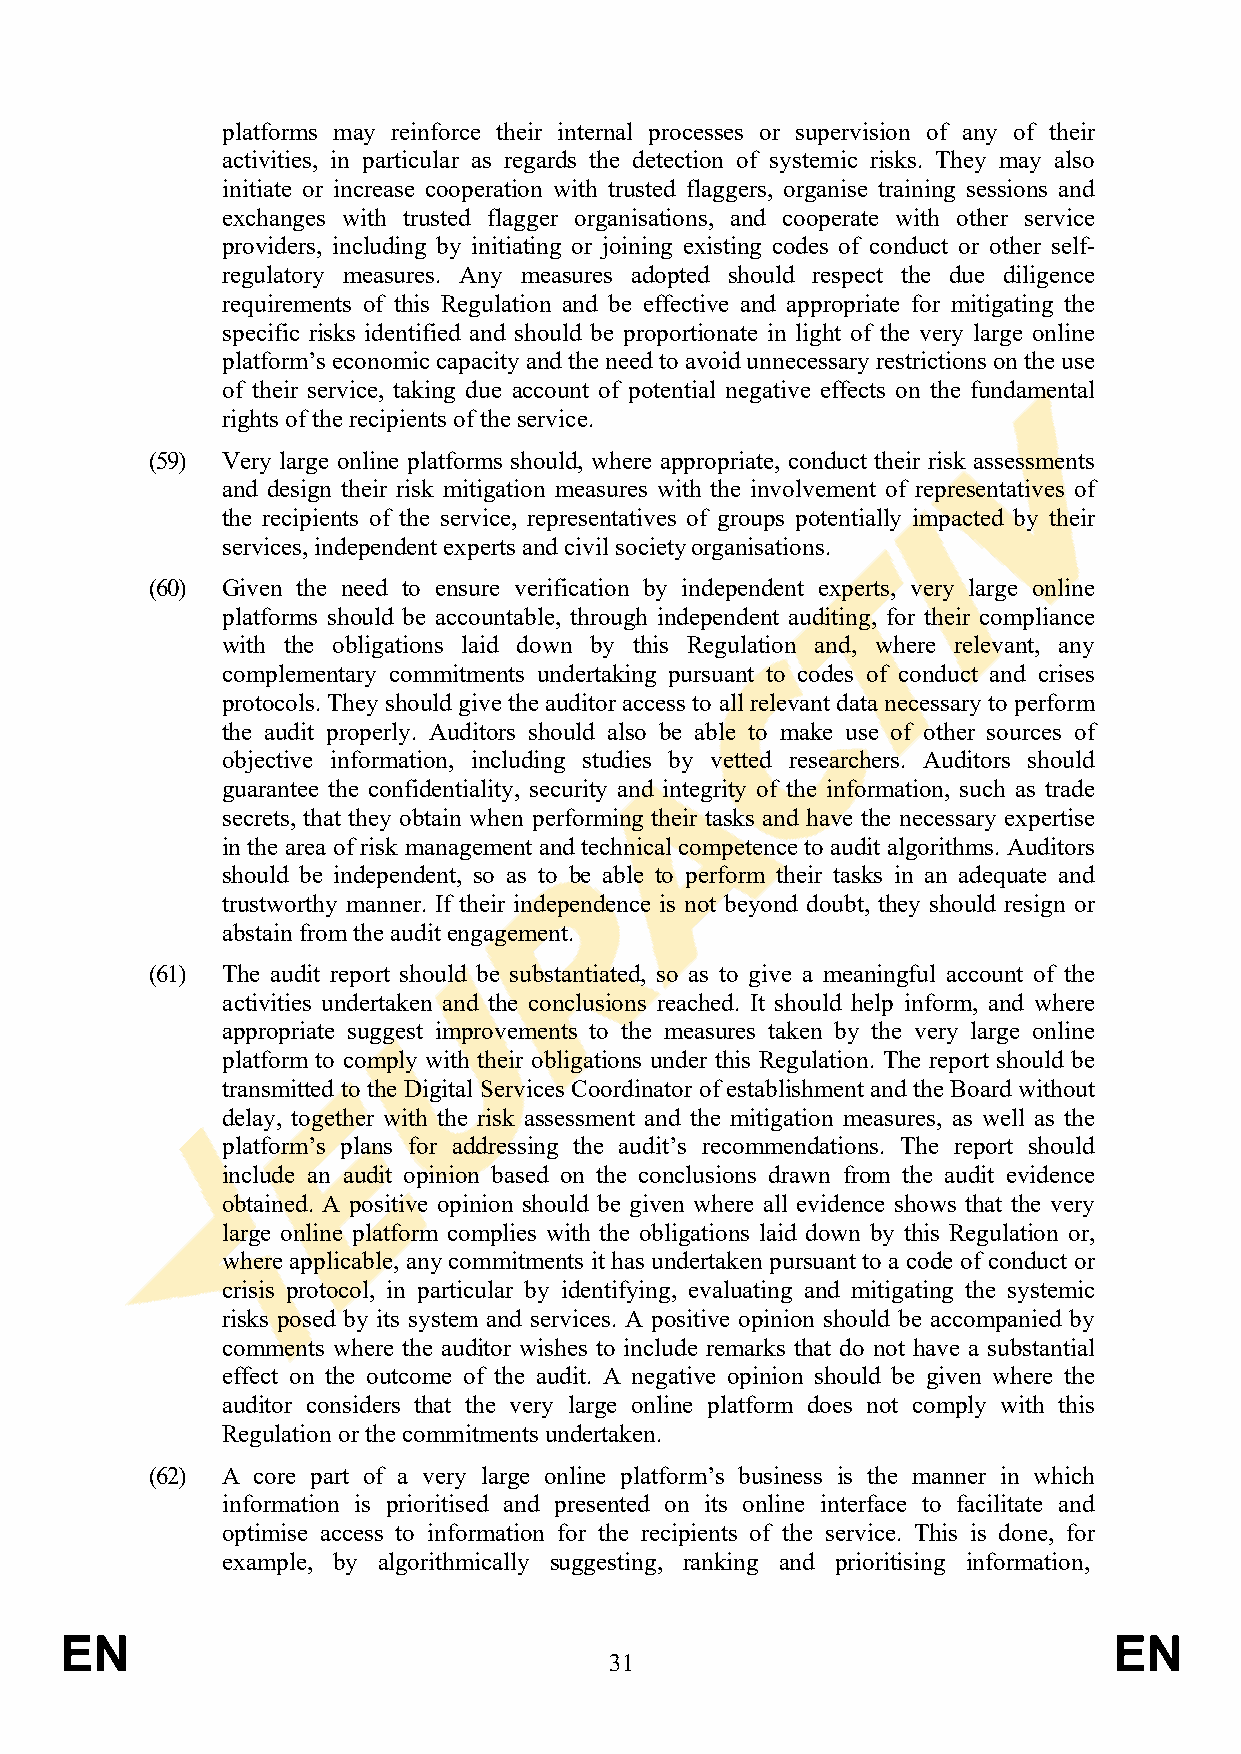
platforms may reinforce their internal processes or supervision of any of their
 activities, in particular as regards the detection of systemic risks. They may also
 initiate or increase cooperation with trusted flaggers, organise training sessions and
 exchanges with trusted flagger organisations, and cooperate with other service
 providers, including by initiating or joining existing codes of conduct or other self-
 regulatory measures. Any measures adopted should respect the due diligence
 requirements of this Regulation and be effective and appropriate for mitigating the
 specific risks identified and should be proportionate in light of the very large online
 platform’s economic capacity and the need to avoid unnecessary restrictions on the use
 of their service, taking due account of potential negative effects on the fundamental
 rights of the recipients of the service.
 (59) Very large online platforms should, where appropriate, conduct their risk assessments
 and design their risk mitigation measures with the involvement of representatives of
 the recipients of the service, representatives of groups potentially impacted by their
 services, independent experts and civil society organisations.
 (60) Given the need to ensure verification by independent experts, very large online
 platforms should be accountable, through independent auditing, for their compliance
 with the obligations laid down by this Regulation and, where relevant, any
 complementary commitments undertaking pursuant to codes of conduct and crises
 protocols. They should give the auditor access to all relevant data necessary to perform
 the audit properly. Auditors should also be able to make use of other sources of
 objective information, including studies by vetted researchers. Auditors should
 guarantee the confidentiality, security and integrity of the information, such as trade
 secrets, that they obtain when performing their tasks and have the necessary expertise
 in the area of risk management and technical competence to audit algorithms. Auditors
 should be independent, so as to be able to perform their tasks in an adequate and
 trustworthy manner. If their independence is not beyond doubt, they should resign or
 abstain from the audit engagement.
 (61) The audit report should be substantiated, so as to give a meaningful account of the
 activities undertaken and the conclusions reached. It should help inform, and where
 appropriate suggest improvements to the measures taken by the very large online
 platform to comply with their obligations under this Regulation. The report should be
 transmitted to the Digital Services Coordinator of establishment and the Board without
 delay, together with the risk assessment and the mitigation measures, as well as the
 platform’s plans for addressing the audit’s recommendations. The report should
 include an audit opinion based on the conclusions drawn from the audit evidence
 obtained. A positive opinion should be given where all evidence shows that the very
 large online platform complies with the obligations laid down by this Regulation or,
 where applicable, any commitments it has undertaken pursuant to a code of conduct or
 crisis protocol, in particular by identifying, evaluating and mitigating the systemic
 risks posed by its system and services. A positive opinion should be accompanied by
 comments where the auditor wishes to include remarks that do not have a substantial
 effect on the outcome of the audit. A negative opinion should be given where the
 auditor considers that the very large online platform does not comply with this
 Regulation or the commitments undertaken.
 (62) A core part of a very large online platform’s business is the manner in which
 information is prioritised and presented on its online interface to facilitate and
 optimise access to information for the recipients of the service. This is done, for
 example, by algorithmically suggesting, ranking and prioritising information,
 EN                                                                    EN
 31